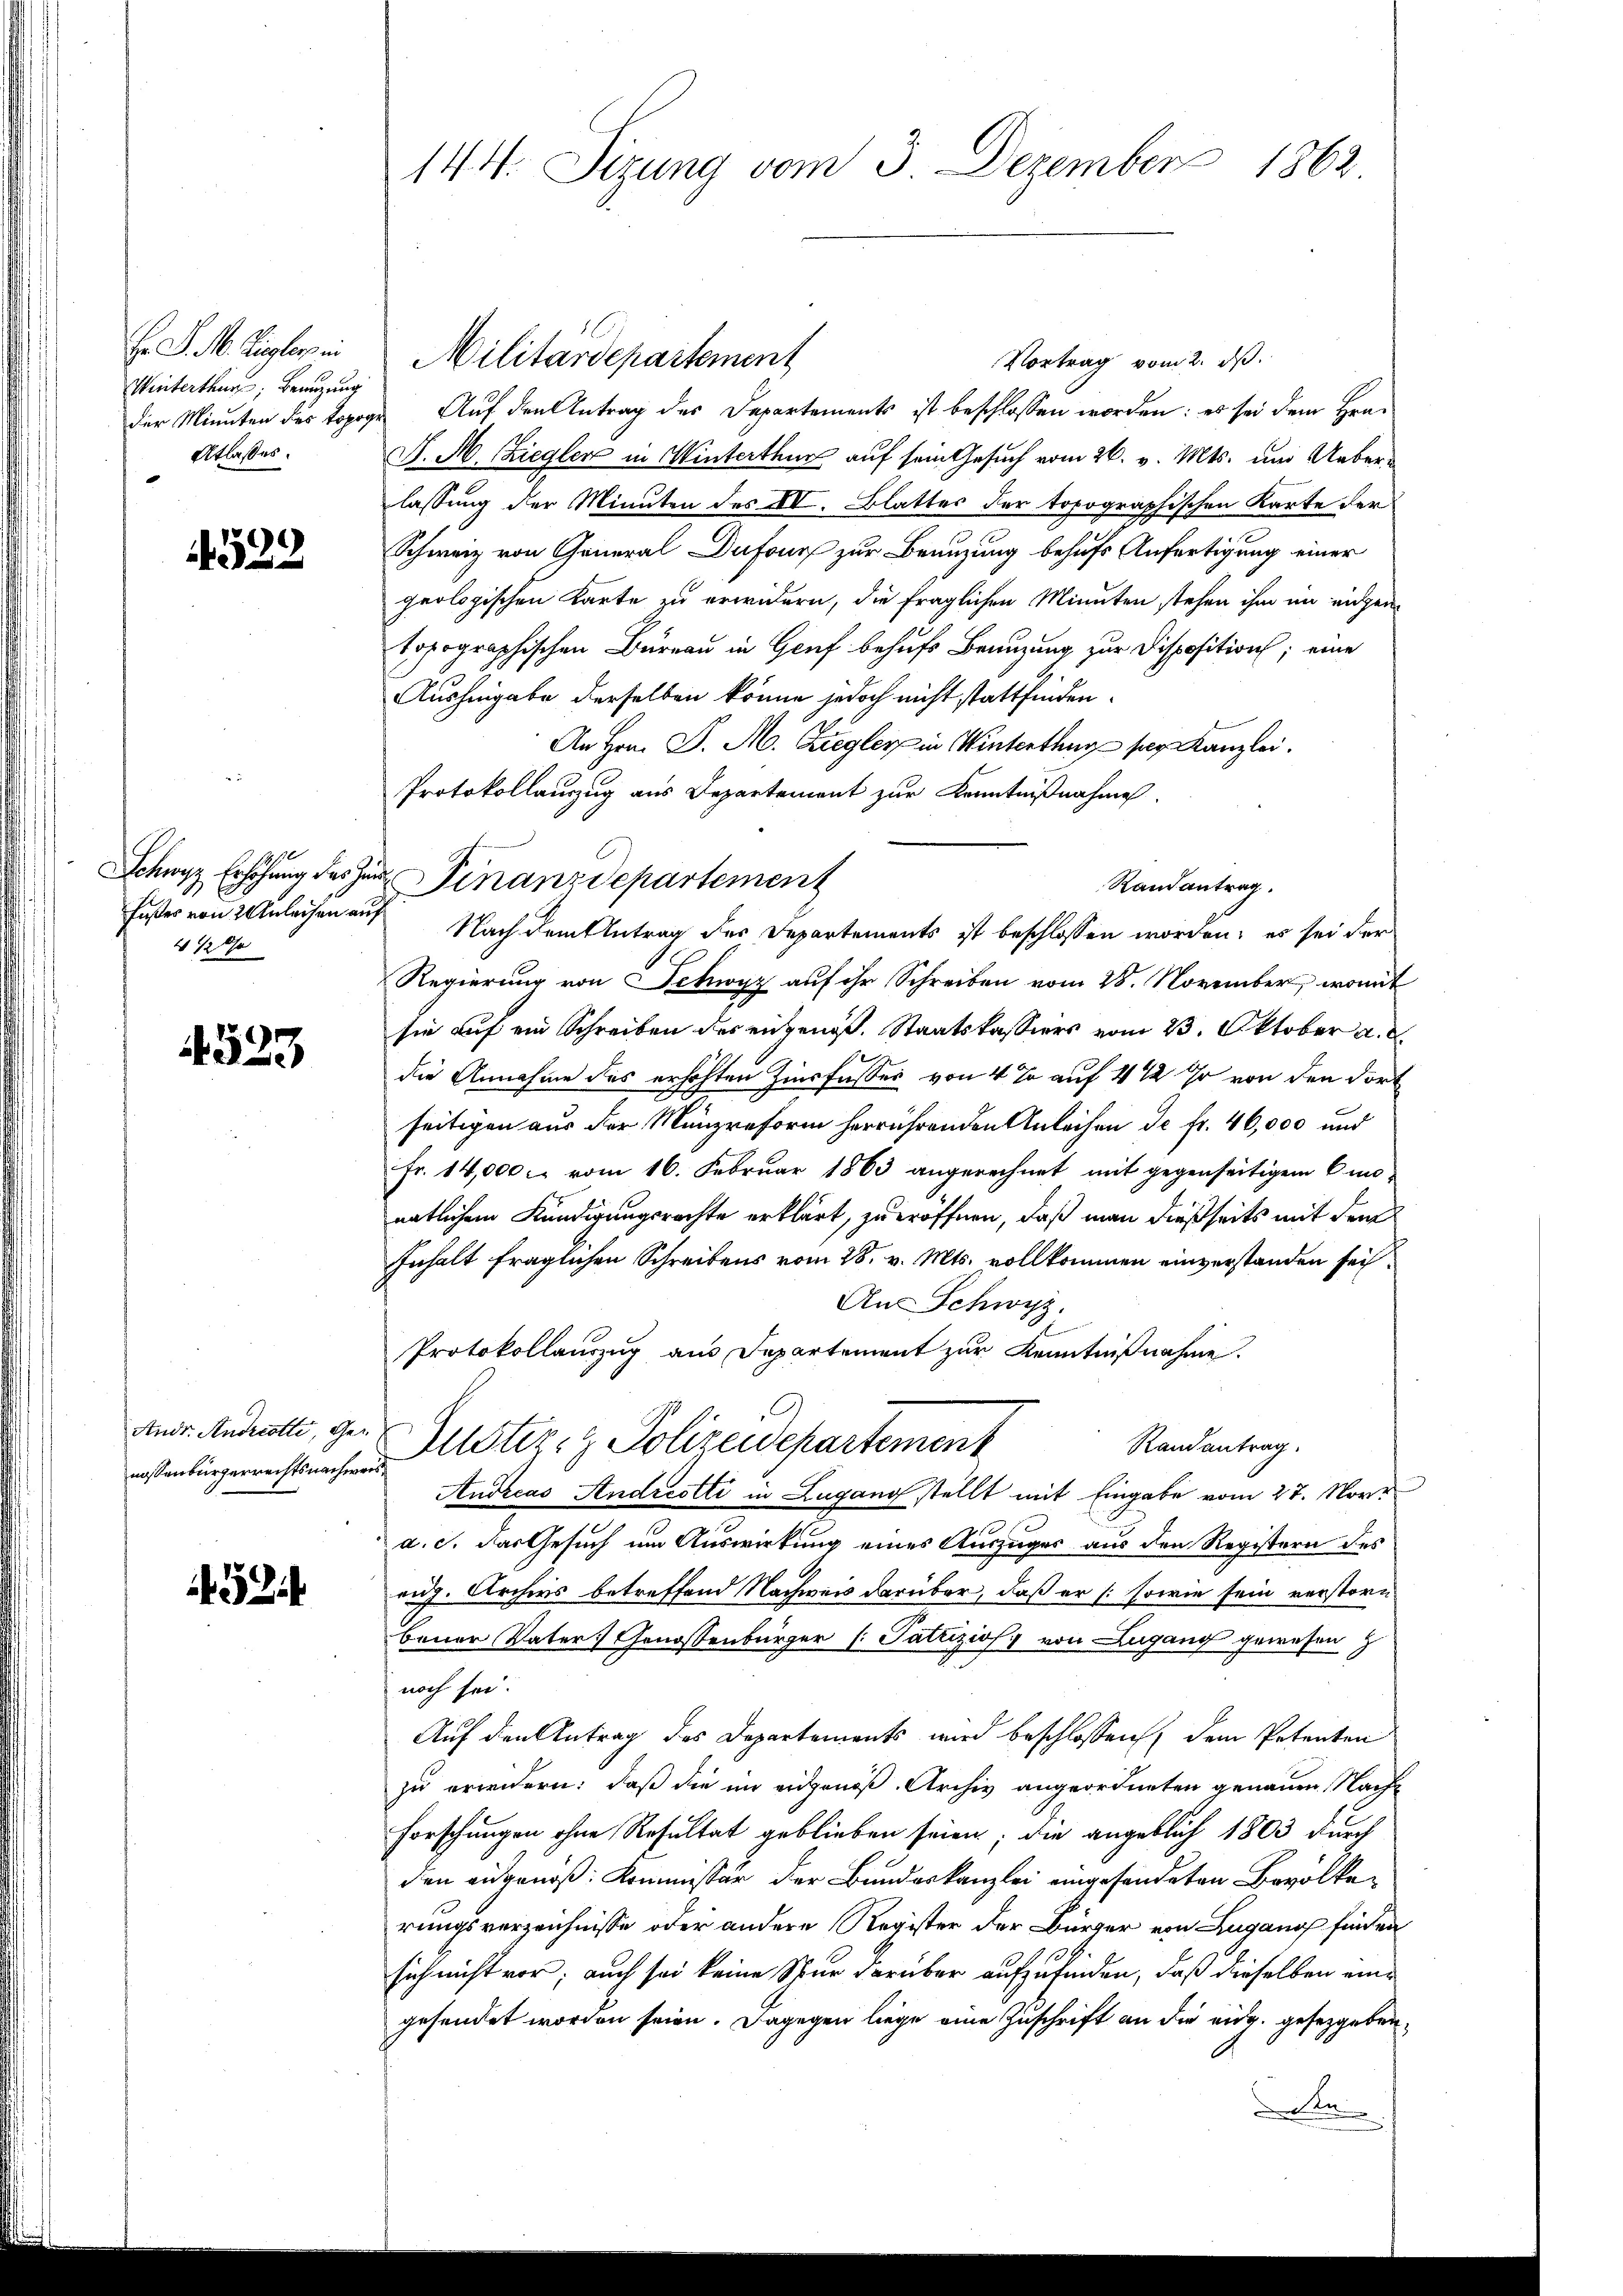
H. D. M. Zieglern ein
Winterthur, Benutzung
Atlasses.

52

4½ 0/0

4523

nossenbürgerrechtsnachweis

52

Militärdepartement
Vortrag vom 2. ds.
der Minuten der Topoge Auf den Antrag des Departements ist beschlossen worden: es sei dem Hrn.
S. M. Ziegler in Winterthur auf sein Gesuch vom 26. v. Mts. um Ueberlassung der Minuten des XI. Blatter der topographischen Karte der
Schweiz von General Dufour zur Benuzung behufs Anfertigung einer
geologischen Karte zu erwidern, die fraglichen Minuten stehen ihm im eidgen
topographischen Büreau in Genf behufs Benuzung zur Disposition; eine
Aushingabe derselben könne jedoch nicht stattfinden.
An Hrn. P. M. Ziegler in Winterthug pr. Kanzlei.
Protokollanzug aus Departement zur Kenntnißnahme
Fußer von Anleihen auf Nach dem Antrag des Departements ist beschlossen worden; es sei der
Regierung von Schwyz auf ihr Schreiben vom 28. November, womit
sie auf ein Schreiben des eingenoß. Staatskassiers vom 23. Oktober a. d
die Annahme des erhöhten Zinsfusses von 4 % auf 4 ½ Uhr von den dort
seitigen aus der Münzreform herrührenden Anleihen de fr. 46,000 und
Fr. 14,000 . vom 16. Februar 1863 angerechnet mit gegenseitigem Ein-
natlichem Kündigungsrechte erklärt, zu eröffnen, daß man dießseits mit dem
Inhalt fraglichen Schreibens vom 28. v. Mts. vollkommen einverstanden sei.
An-Schwyz.
Protokollauszug aus Departement zur Kenntnißnahme.
Ansr. Androtte, gern Astiz- & Polizeidepartement
Randantrag.
Andreas Andreotti in Lugano stellt mit Eingabe vom 27. Nove
a. c. das Gesuch um Auswirkung eines Auszuges aus den Registern des
aug. Archers betreffend Nachweis darüber, daß er /: sowie sein verstorn
bener Vater Genossenbürger (: Patrizios) von Lugang gewesen z
noch sei.
Auf den Antrag des Departements wird beschlossen, dem Petenten
zu erweidern: daß die im eidgenöß Archiv angeordneten genauen Nach¬
Forschungen ohne Resultat geblieben seien; die angeblich 1803 durch
den augenoß: Kommissär der Bundeskanzlei eingesendeten Bevölkerungsverzeichnisse oder andere Register der Bürger von Lugano finden
sich nicht vor; auch sei keine Spur darüber aufzufinden, daß dieselben eine
gesendet worden seien. Dagegen liege eine Zuschrift an die eidg. gesetzgebenden

144. Sizung vom 3. Dezember 1862

Schwyz Erhöhung des zur Finanzdepartemenz

Randantrag.